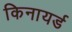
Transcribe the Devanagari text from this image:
किनायर्ड